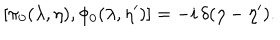
LaTeX: \left[ \pi _ { 0 } ( \lambda , \eta ) , \phi _ { 0 } ( \lambda , \eta ^ { \prime } ) \right] = - i \, \delta ( \eta - \eta ^ { \prime } ) .